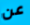
عن